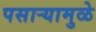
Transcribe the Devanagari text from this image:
पसार्‍यामुळे